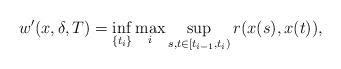
LaTeX: \begin{align*}w'(x,\delta,T)=\inf_{\{t_i\}}\max_i\sup_{s,t\in[t_{i-1},t_i)}r(x(s),x(t)),\end{align*}